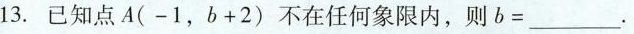
13.已知点A(-1，b+2)不在任何象限内，则b=___.